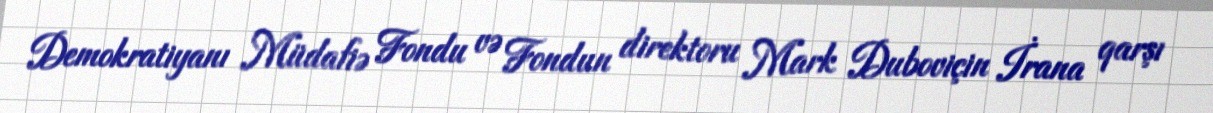
Demokratiyanı Müdafiə Fondu və Fondun direktoru Mark Duboviçin İrana qarşı